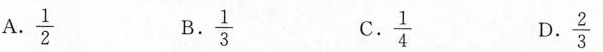
A.\frac{1}{2} B.\frac{1}{3} C.\frac{1}{4} D.\frac{2}{3}